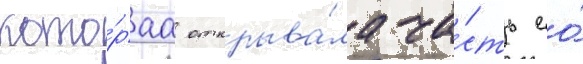
кото́раа открыва́ла ча́сть ео́